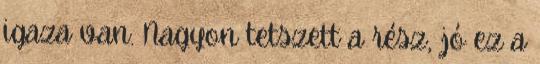
igaza van. Nagyon tetszett a rész, jó ez a